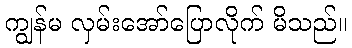
ကျွန်မ လှမ်းအော်ပြောလိုက် မိသည်။